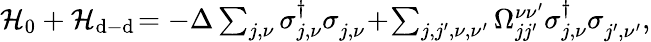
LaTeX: \begin{array}{r}{\mathcal{H}_{0}+\mathcal{H}_{\mathrm{d-d}}\! =-\Delta\sum_{j,\nu}\sigma_{j,\nu}^{\dagger}\sigma_{j,\nu}^{\phantom{\dagger}}\! +\! \sum_{j,j^{\prime},\nu,\nu^{\prime}}\Omega_{jj^{\prime}}^{\nu\nu^{\prime}}\sigma_{j,\nu}^{\dagger}\sigma_{j^{\prime},\nu^{\prime}}^{\phantom{\dagger}},}\end{array}